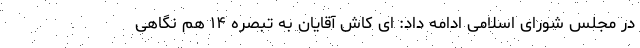
در مجلس شورای اسلامی ادامه داد: ای کاش آقایان به تبصره ۱۴ هم نگاهی